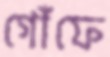
গোঁফে